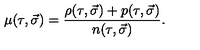
\mu ( \tau , \vec { \sigma } ) = \frac { \rho ( \tau , \vec { \sigma } ) + p ( \tau , \vec { \sigma } ) } { n ( \tau , \vec { \sigma } ) } .